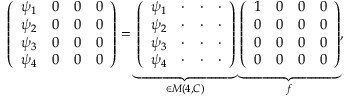
\left( \begin{array} { c c c c } { { \psi _ { 1 } } } & { { 0 } } & { { 0 } } & { { 0 } } \\ { { \psi _ { 2 } } } & { { 0 } } & { { 0 } } & { { 0 } } \\ { { \psi _ { 3 } } } & { { 0 } } & { { 0 } } & { { 0 } } \\ { { \psi _ { 4 } } } & { { 0 } } & { { 0 } } & { { 0 } } \end{array} \right) = \underbrace { \left( \begin{array} { c c c c } { { \psi _ { 1 } } } & { { \cdot } } & { { \cdot } } & { { \cdot } } \\ { { \psi _ { 2 } } } & { { \cdot } } & { { \cdot } } & { { \cdot } } \\ { { \psi _ { 3 } } } & { { \cdot } } & { { \cdot } } & { { \cdot } } \\ { { \psi _ { 4 } } } & { { \cdot } } & { { \cdot } } & { { \cdot } } \end{array} \right) } _ { \in { \cal M } ( 4 , { \sl C } ) } \underbrace { \left( \begin{array} { c c c c } { { 1 } } & { { 0 } } & { { 0 } } & { { 0 } } \\ { { 0 } } & { { 0 } } & { { 0 } } & { { 0 } } \\ { { 0 } } & { { 0 } } & { { 0 } } & { { 0 } } \\ { { 0 } } & { { 0 } } & { { 0 } } & { { 0 } } \end{array} \right) } _ { f } ,